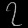
Digit: ၇